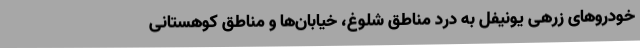
خودروهای زرهی یونیفل به درد مناطق شلوغ، خیابان‌ها و مناطق کوهستانی